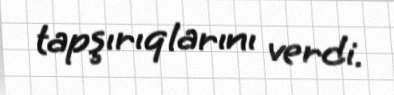
tapşırıqlarını verdi.